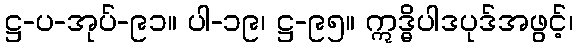
ဋ္ဌ-ပ-အုပ်-၉၁။ ပါ-၁၉၊ ဋ္ဌ-၉၅။ ဣဒ္ဓိပါဒပုဒ်အဖွင့်၊